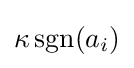
\kappa \,\mathrm {sgn} (a_{i})